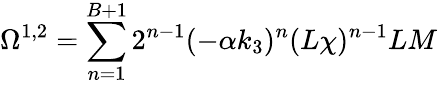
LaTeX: {\Omega}^{1,2}=\sum_{n=1}^{B+1}2^{n-1}(-\alpha k_{3})^{n}(L\chi)^{n-1}LM